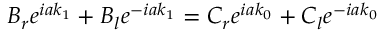
B _ { r } e ^ { i a k _ { 1 } } + B _ { l } e ^ { - i a k _ { 1 } } = C _ { r } e ^ { i a k _ { 0 } } + C _ { l } e ^ { - i a k _ { 0 } }